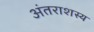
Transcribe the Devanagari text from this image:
अंतराशस्य